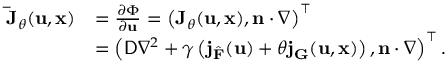
\begin{array} { r l } { \mathbf { \bar { J } } _ { \theta } ( \mathbf { u } , \mathbf { x } ) } & { = \frac { \partial \Phi } { \partial \mathbf { u } } = \left( \mathbf { J } _ { \theta } ( \mathbf { u } , \mathbf { x } ) , \mathbf { n } \cdot \nabla \right) ^ { \top } } \\ & { = \left( \mathsf { D } \nabla ^ { 2 } + \gamma \left( \mathbf { j } _ { \hat { \mathbf { F } } } ( \mathbf { u } ) + \theta \mathbf { j } _ { \mathbf { G } } ( \mathbf { u } , \mathbf { x } ) \right) , \mathbf { n } \cdot \nabla \right) ^ { \top } . } \end{array}